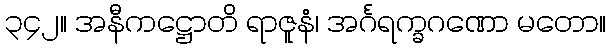
၃၄၂။ အနီကဋ္ဌောတိ ရာဇူနံ၊ အင်္ဂရက္ခဂဏော မတော။